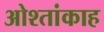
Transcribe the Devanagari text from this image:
ओश्तांकाह